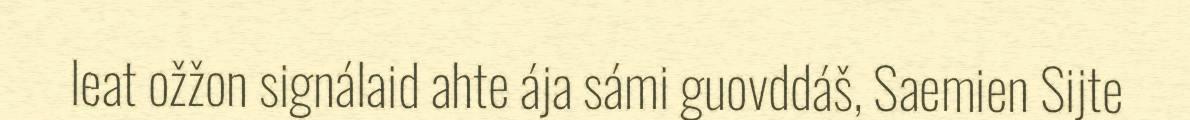
leat ožžon signálaid ahte ája sámi guovddáš, Saemien Sijte